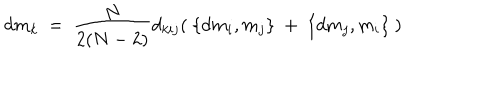
d m _ { k } \ = \ \frac { N } { 2 ( N - 2 ) } d _ { k i j } ( \ \{ d m _ { i } , m _ { j } \} \ + \ \{ d m _ { j } , m _ { i } \} \ )